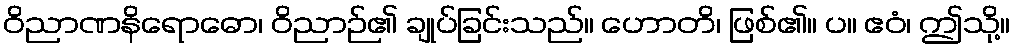
ဝိညာဏနိရောဓော၊ ဝိညာဉ်၏ ချုပ်ခြင်းသည်။ ဟောတိ၊ ဖြစ်၏။ ပ။ ဧဝံ၊ ဤသို့။